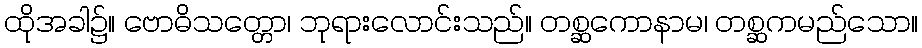
ထိုအခါ၌။ ဗောဓိသတ္တော၊ ဘုရားလောင်းသည်။ တစ္ဆကောနာမ၊ တစ္ဆကမည်သော။